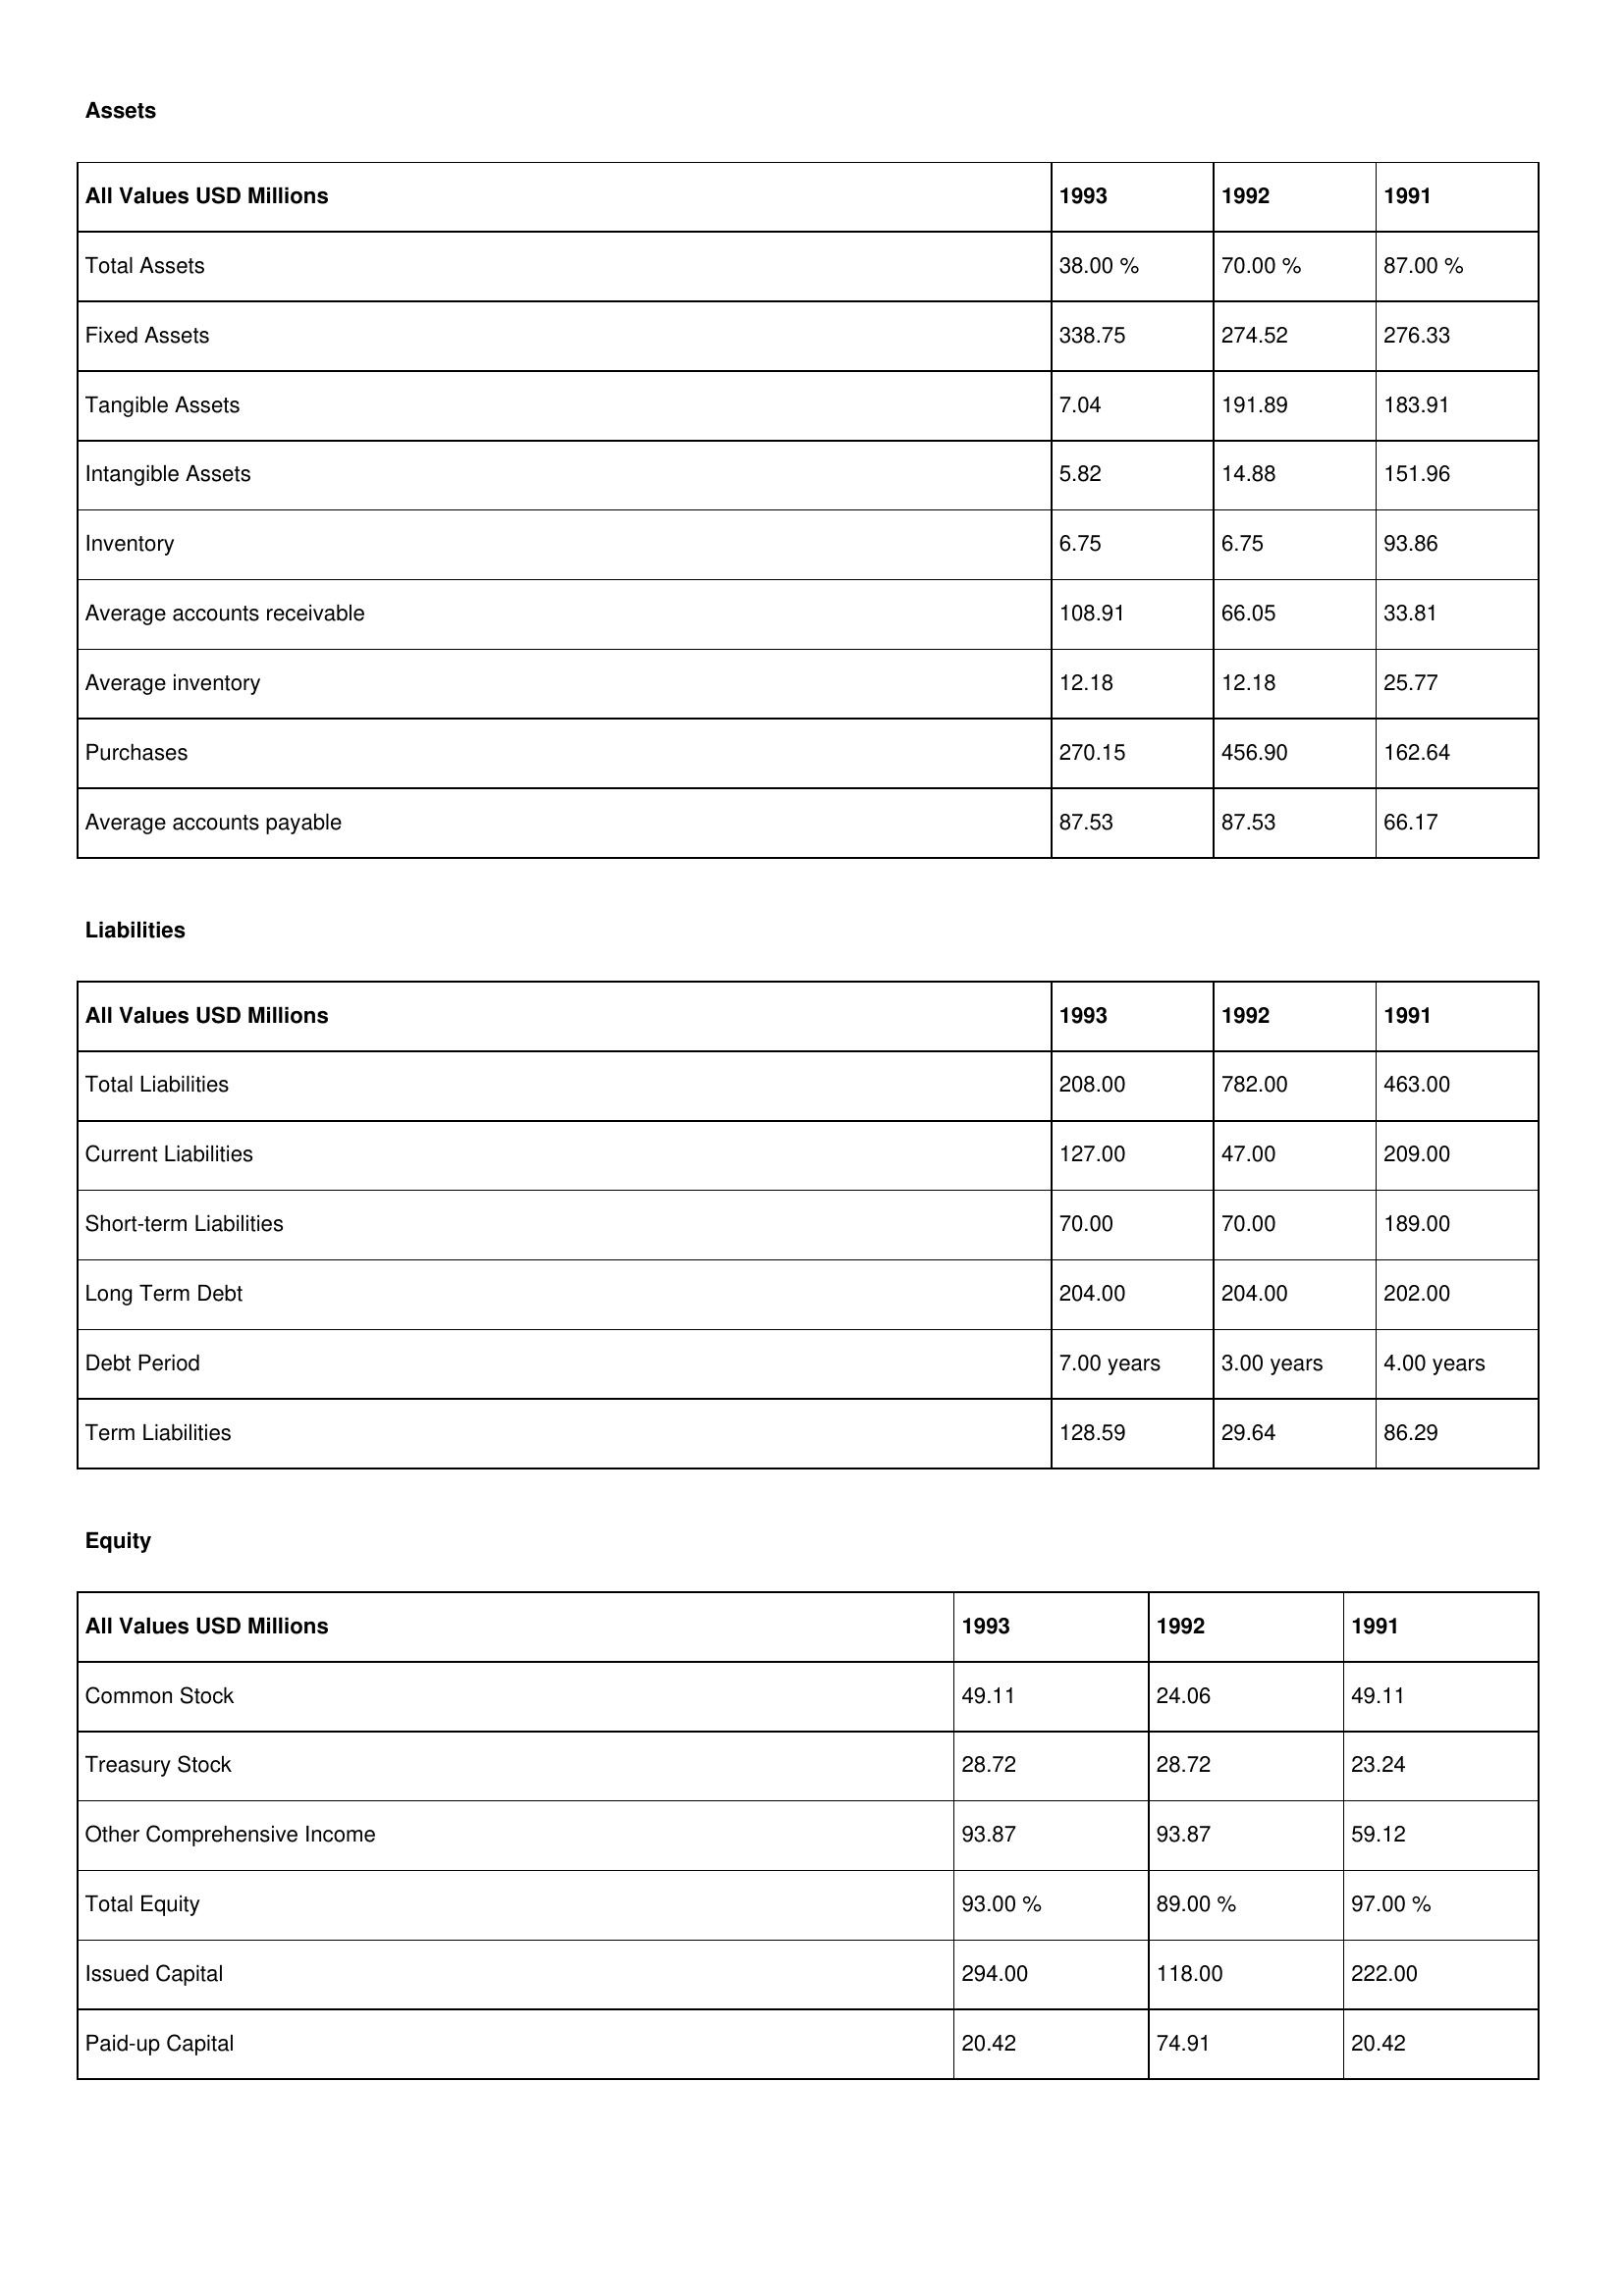
gt_parse: 1993: Assets: Total Assets: 38.00 %
Fixed Assets: 338.75
Tangible Assets: 7.04
Intangible Assets: 5.82
Inventory: 6.75
Average accounts receivable: 108.91
Average inventory: 12.18
Purchases: 270.15
Average accounts payable: 87.53
Liabilities: Total Liabilities: 208.00
Current Liabilities: 127.00
Short-term Liabilities: 70.00
Long Term Debt: 204.00
Debt Period: 7.00 years
Term Liabilities: 128.59
Equity: Common Stock: 49.11
Treasury Stock: 28.72
Other Comprehensive Income: 93.87
Total Equity: 93.00 %
Issued Capital: 294.00
Paid-up Capital: 20.42
1992: Assets: Total Assets: 70.00 %
Fixed Assets: 274.52
Tangible Assets: 191.89
Intangible Assets: 14.88
Inventory: 6.75
Average accounts receivable: 66.05
Average inventory: 12.18
Purchases: 456.90
Average accounts payable: 87.53
Liabilities: Total Liabilities: 782.00
Current Liabilities: 47.00
Short-term Liabilities: 70.00
Long Term Debt: 204.00
Debt Period: 3.00 years
Term Liabilities: 29.64
Equity: Common Stock: 24.06
Treasury Stock: 28.72
Other Comprehensive Income: 93.87
Total Equity: 89.00 %
Issued Capital: 118.00
Paid-up Capital: 74.91
1991: Assets: Total Assets: 87.00 %
Fixed Assets: 276.33
Tangible Assets: 183.91
Intangible Assets: 151.96
Inventory: 93.86
Average accounts receivable: 33.81
Average inventory: 25.77
Purchases: 162.64
Average accounts payable: 66.17
Liabilities: Total Liabilities: 463.00
Current Liabilities: 209.00
Short-term Liabilities: 189.00
Long Term Debt: 202.00
Debt Period: 4.00 years
Term Liabilities: 86.29
Equity: Common Stock: 49.11
Treasury Stock: 23.24
Other Comprehensive Income: 59.12
Total Equity: 97.00 %
Issued Capital: 222.00
Paid-up Capital: 20.42